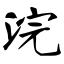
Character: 浣